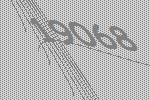
19068